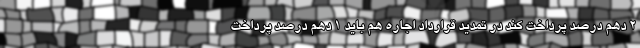
۲ دهم درصد پرداخت کند در تمدید قرارداد اجاره هم باید ۱ دهم درصد پرداخت